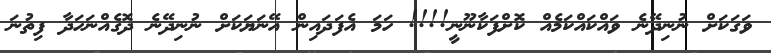
ވަގަކަށް ނުނިދޭނެ ވައްކައްކަމެއް ކޮށްފަކާނޫނީ!!!! ހަމަ އެފަދައިން އޭނަޔަކަށް ނުނިދޭނެ ދޮގެއްނަހަދާ ފިތުނަ